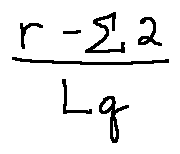
\frac { r - \sum 2 } { L _ { q } }